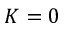
K = 0